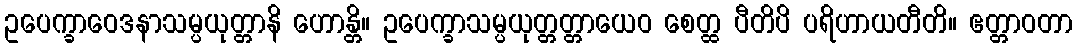
ဥပေက္ခာဝေဒနာသမ္ပယုတ္တာနိ ဟောန္တိ။ ဥပေက္ခာသမ္ပယုတ္တတ္တာယေဝ စေတ္ထ ပီတိပိ ပရိဟာယတီတိ။ ဧတ္တာဝတာ